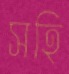
সহি